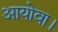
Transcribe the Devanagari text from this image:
आयोवा।